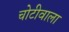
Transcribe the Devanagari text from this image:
चोटीवाला